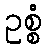
ဥစ္စံ